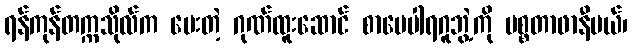
ရန်ကုန်တက္ကသိုလ်က ပေးတဲ့ ဂုဏ်ထူးဆောင် စာပေပါရဂူဘွဲ့ကို မစ္စတာဖာနီဗယ်၊